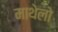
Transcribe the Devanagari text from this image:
माथेलो